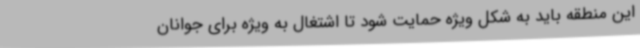
این منطقه باید به شکل ویژه حمایت شود تا اشتغال به ویژه برای جوانان